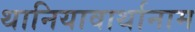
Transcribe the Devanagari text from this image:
थानियावार्थानाम